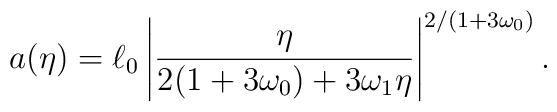
a(\eta )=\ell _0\left| \frac{\eta }{2(1+3\omega_0)+3\omega _1\eta}\right|^{2/(1+3\omega_0)}.